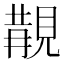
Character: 𧡔